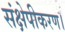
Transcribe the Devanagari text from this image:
संक्षेपीकरण।